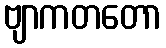
ဗျာကတတော